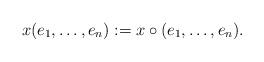
LaTeX: \begin{align*} x(e_1, \dots, e_n) := x \circ (e_1, \dots, e_n).\end{align*}